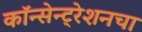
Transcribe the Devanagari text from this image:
कॉन्सेन्ट्रेशनचा